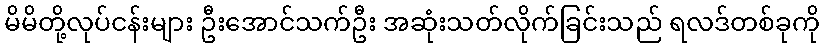
မိမိတို့လုပ်ငန်းများ ဦးအောင်သက်ဦး အဆုံးသတ်လိုက်ခြင်းသည် ရလဒ်တစ်ခုကို